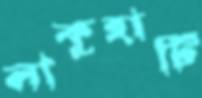
লাকুহাটি